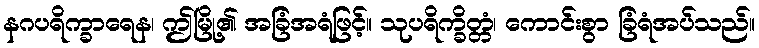
နဂပရိက္ခာရေန၊ ဤမြို့၏ အခြံအရံဖြင့်။ သုပရိက္ခိတ္တံ၊ ကောင်းစွာ ခြံရံအပ်သည်။